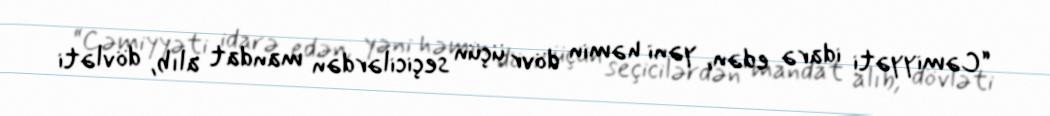
“Cəmiyyəti idarə edən, yəni həmin dövr üçün seçicilərdən mandat alıb, dövləti